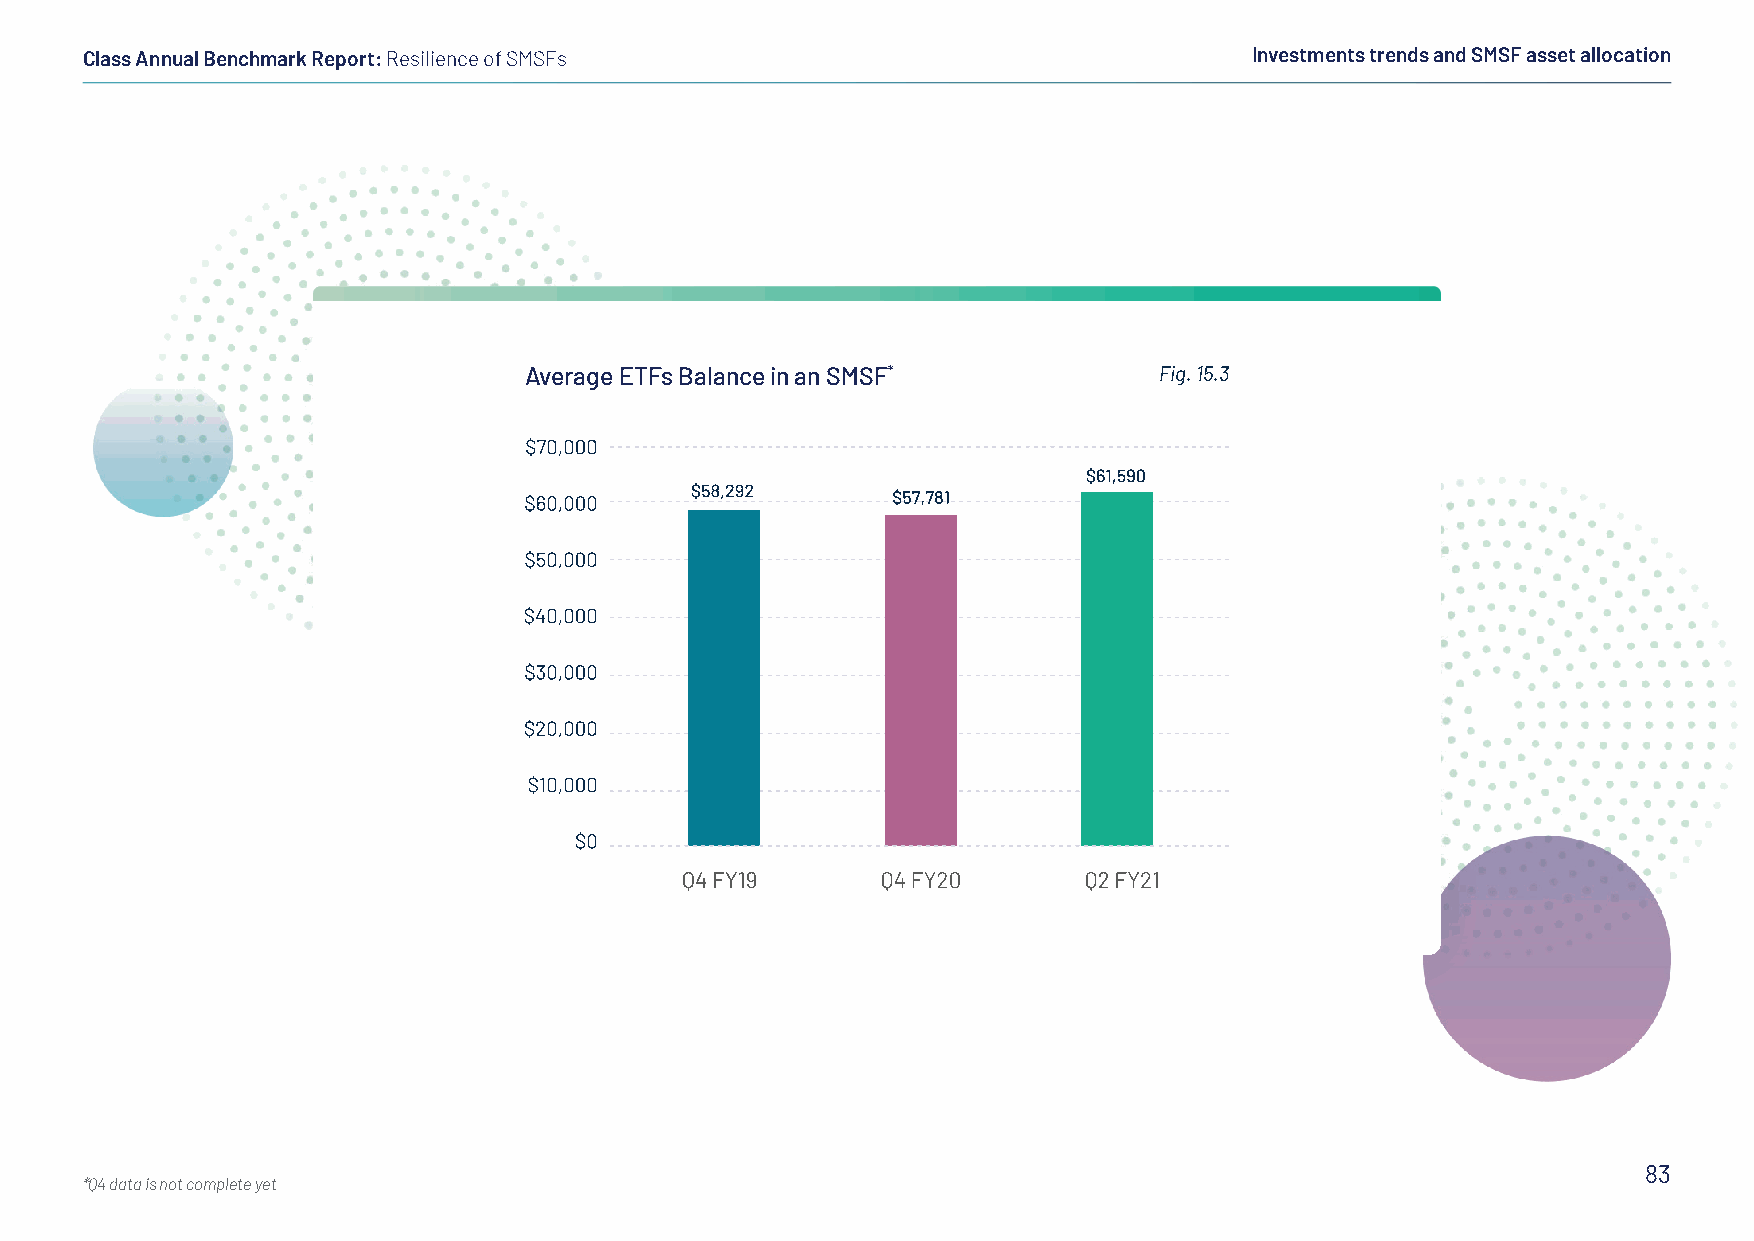
Class Annual Benchmark Report: Resilience of SMSFs                            Investments trends and SMSF asset allocation
 Average ETFs Balance in an SMSF*          Fig. 15.3
 83
 *Q4 data is not complete yet